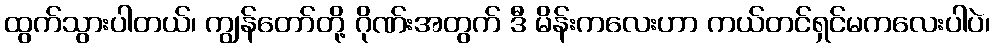
ထွက်သွားပါတယ်၊ ကျွန်တော်တို့ ဂိုဏ်းအတွက် ဒီ မိန်းကလေးဟာ ကယ်တင်ရှင်မကလေးပါပဲ၊